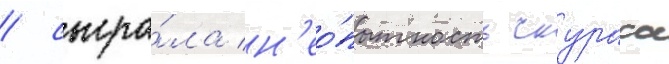
/ сыгра́ла н'ео́пытность скураса